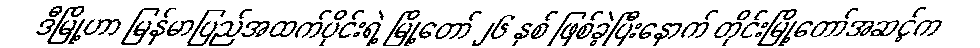
ဒီမြို့ဟာ မြန်မာပြည်အထက်ပိုင်းရဲ့ မြို့တော် ၂၆ နှစ် ဖြစ်ခဲ့ပြီးနောက် တိုင်းမြို့တော်အဆင့်က